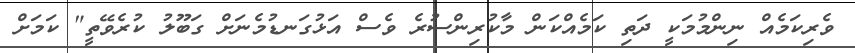
ވެރިކަމެއް ނިންމުމަކީ ދަތި ކަމެއްކަން މާކުރިންސުރެ ވެސް އަޅުގަނޑުމެނަށް ގަބޫލު ކުރެވޭތީ" ކަމަށް